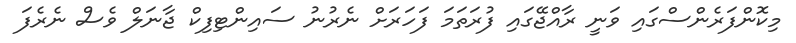
މިކޮންފަރެންސްގައި ވަނީ ރާއްޖޭގައި ފުރަތަމަ ފަހަރަށް ނެރުނު ސައިންޓިފިކް ޖާނަލް ވެސް ނެރެފަ